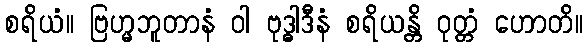
စရိယံ။ ဗြဟ္မဘူတာနံ ဝါ ဗုဒ္ဓါဒီနံ စရိယန္တိ ဝုတ္တံ ဟောတိ။